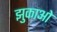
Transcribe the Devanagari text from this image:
झुकाओ